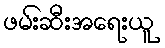
ဖမ်းဆီးအရေးယူ